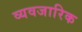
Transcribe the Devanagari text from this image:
व्यवजारिक